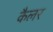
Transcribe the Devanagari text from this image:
कैलर